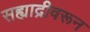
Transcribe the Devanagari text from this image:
सह्याद्रीवरून